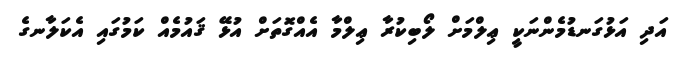
އަދި އަޅުގަނޑުމެންނަކީ ޢިލްމަށް ލޯބިކުރާ ޢިލްމާ އެއްގޮތަށް އުޅޭ ޤައުމެއް ކަމުގައި އެކަލާނގެ